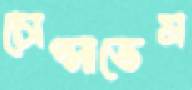
চোপ্‌সাতেম